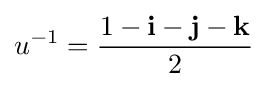
u^{-1}={\dfrac {1-\mathbf {i} -\mathbf {j} -\mathbf {k} }{2}}